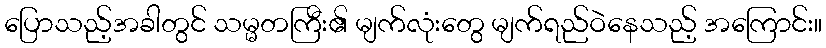
ပြောသည့်အခါတွင် သမ္မတကြီး၏ မျက်လုံးတွေ မျက်ရည်ဝဲနေသည့် အကြောင်း။